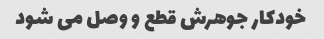
خودکار جوهرش قطع و وصل می شود